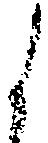
候